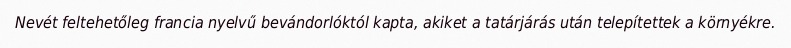
Nevét feltehetőleg francia nyelvű bevándorlóktól kapta, akiket a tatárjárás után telepítettek a környékre.